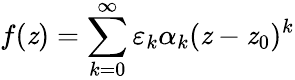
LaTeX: f(\mathit{z})=\sum_{k=0}^{\infty}\varepsilon_{k}\alpha_{k}(\mathit{z}-\mathit{z}_{0})^{k}